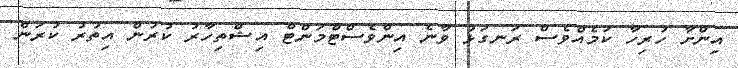
އިންށާ ހުރިހާ ކަމެއްވެސް ރަނގަޅު ވާނެ އިންވެސްޓްމަންޓް އިޝްތިހާރު ކުރުން އިތުރު ކުރަން